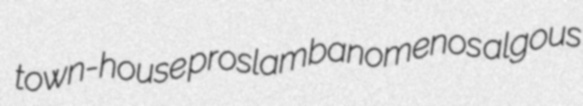
town-house proslambanomenos algous